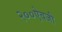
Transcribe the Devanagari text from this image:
२००ऐवजी